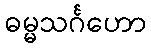
ဓမ္မသင်္ဂဟော